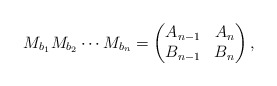
\begin{align*}M_{b_1} M_{b_2} \cdots M_{b_n} = \begin{pmatrix} A_{n-1} & A_n \\ B_{n-1} & B_n\end{pmatrix},\end{align*}